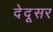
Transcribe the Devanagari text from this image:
देदूसर